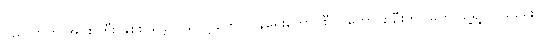
ပညာတတ် အုပ်စုကြီး နှစ်စု ရှိခဲ့တယ်လို့ တော်လှန်ရေးကောင်စီဝင်ဟောင်း ဦးဘငြိမ်က သူ့ရဲ့ ကိုယ်ရေး